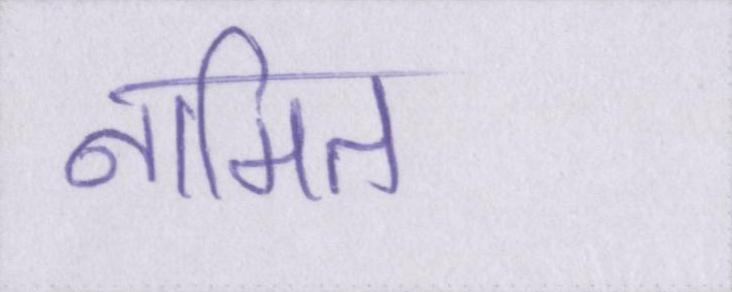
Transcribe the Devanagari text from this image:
नामित